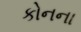
કોનના